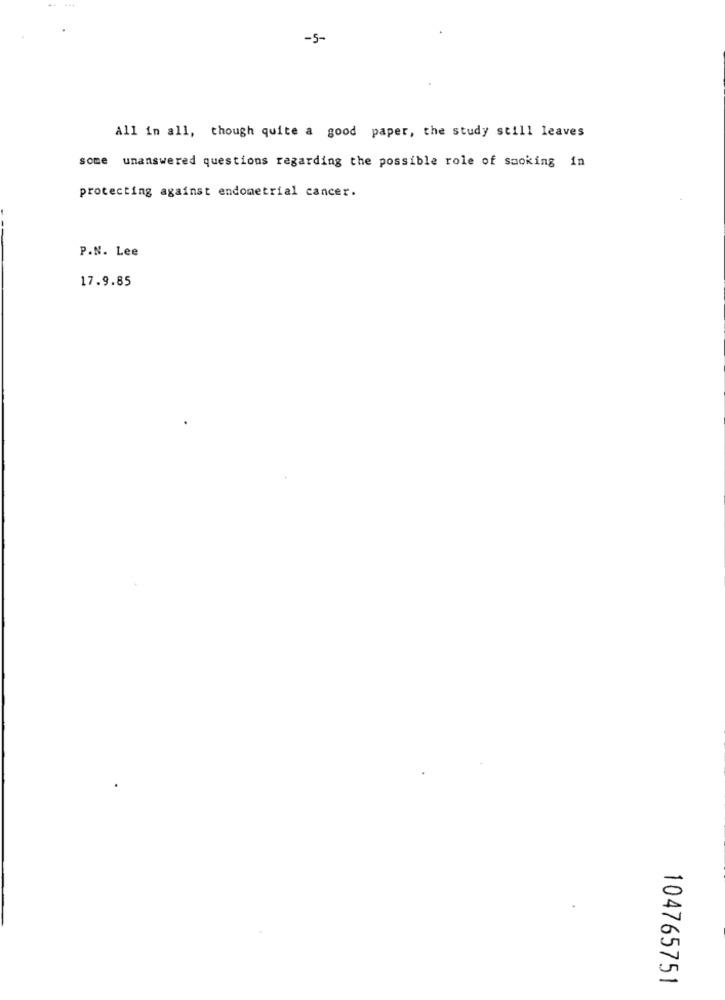
...
-5-
all in all, though quite a good paper, the study still leaves
some unanswered questions regarding the possible role of smoking in
protecting against endometrial cancer.
P.N. Lee
17.9.85
104765751